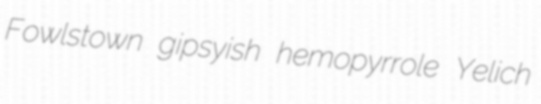
Fowlstown gipsyish hemopyrrole Yelich